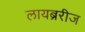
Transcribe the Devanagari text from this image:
लायब्ररीज